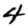
Digit: 4